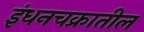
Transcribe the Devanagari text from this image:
इंधनचक्रातील